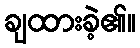
ချထားခဲ့၏။